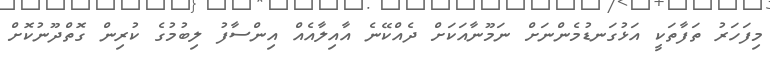
މިފަހަރު ތަފާތަކީ އަޅުގަނޑުމެންނަށް ނަމޫނާއަކަށް ދެއްކޭނެ އާއިލާއެއް އިންސާފު ލިބުމުގެ ކުރިން ގޮތްދޫނުކޮށް